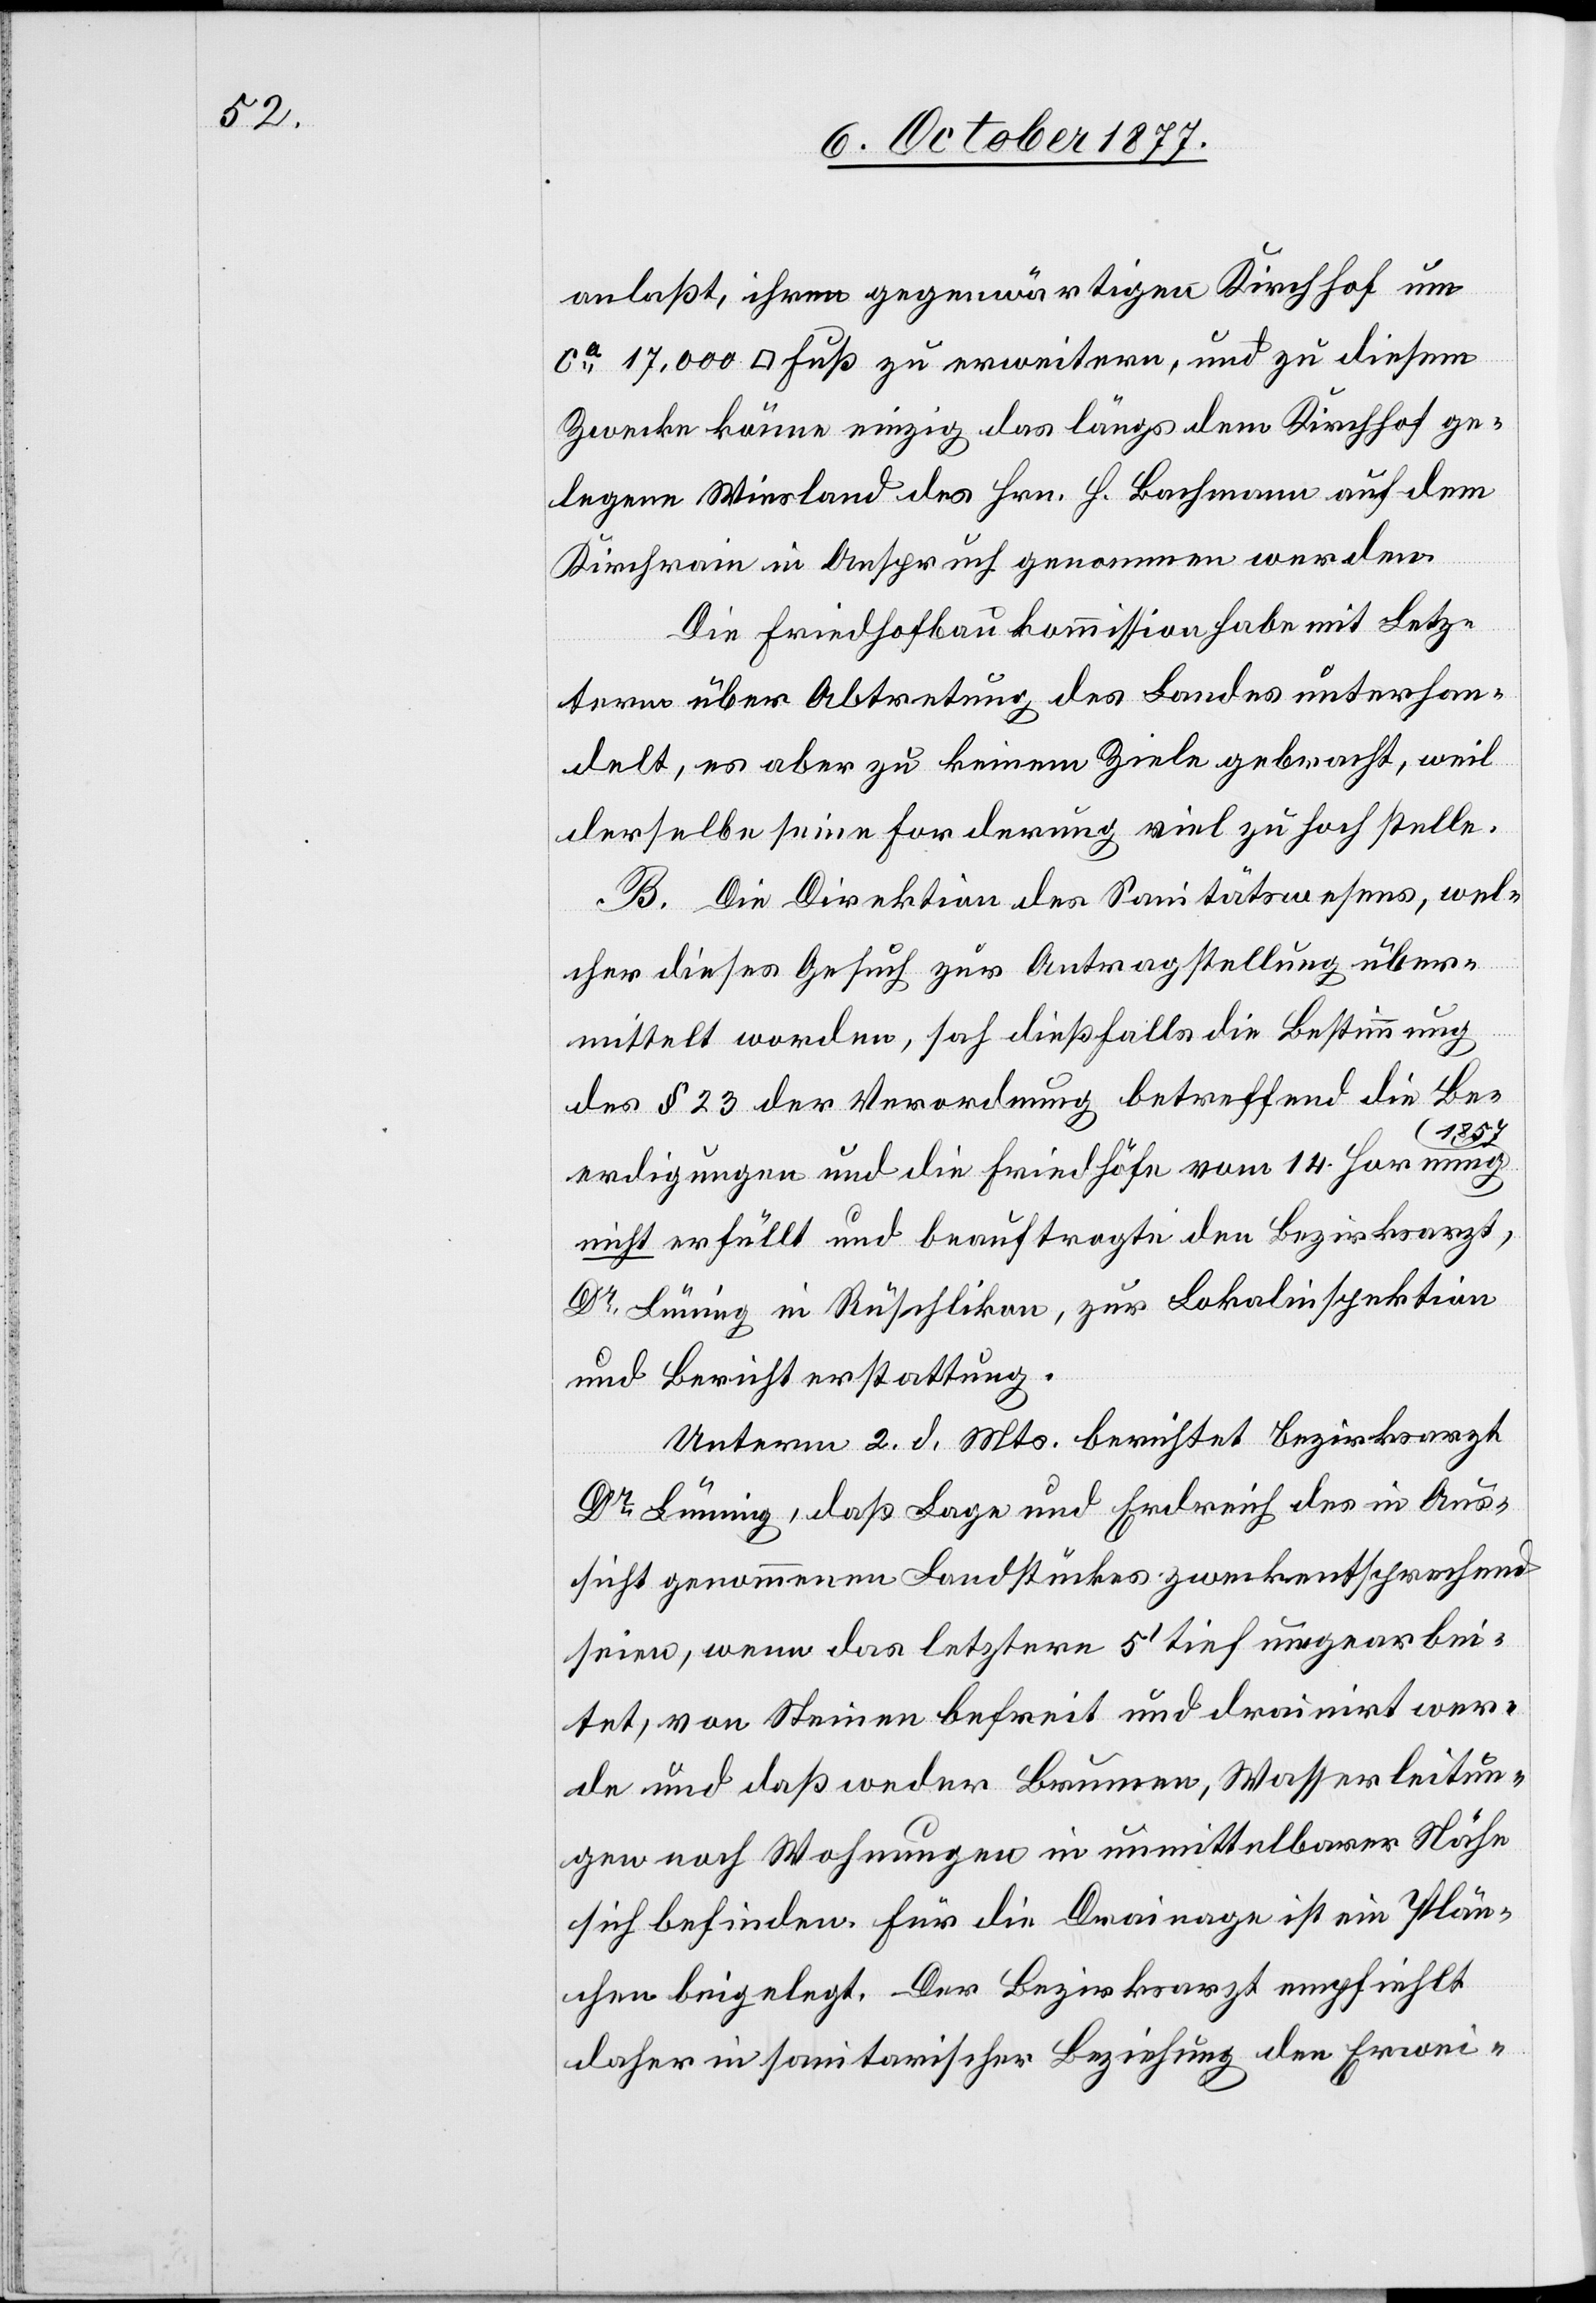
anlaßt, ihren gegenwärtigen Kirchhof um
ca 17,000 [Quadrat] Fuß zu erweitern, und zu diesem
Zwecke könne einzig das längs dem Kirchhof ge¬
legene Wiesland des Hrn. H. Bachmann auf dem
Kirchrain in Anspruch genommen werden.
Die Friedhofbaukommission habe mit Letz¬
term über Abtretung des Landes unterhan¬
delt, es aber zu keinem Ziele gebracht, weil
derselbe seine Forderung viel zu hoch stelle.
B. Die Direktion des Sanitätswesens, wel¬
cher dieses Gesuch zur Antragstellung über¬
mittelt worden, sah dießfalls die Bestimmung
des § 23 der Verordnung betreffend die Be¬
1857
erdigungen und die Friedhöfe vom 14. Hornung
nicht erfüllt und beauftragte den Bezirksarzt,
Dr Lüning in Rüschlikon, zur Lokalinspektion
und Berichterstattung.
Unterm 2. d. Mts. berichtet Bezirksarzt
Lüning, daß Lage und Erdreich des in Aus¬
sicht genommenen Landstückes zweckentsprechend
seien, wenn das letztere 5‘ tief umgearbei¬
tet, von Steinen befreit und drainirt wer¬
de und daß weder Brunnen, Wasserleitun¬
gen noch Wohnungen in unmittelbarer Nähe
sich befinden. Für die Drainage ist ein Plän¬
chen beigelegt. Der Bezirksarzt empfiehlt
daher in sanitarischer Beziehung den Erwei-